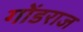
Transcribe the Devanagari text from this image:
गोंडराज